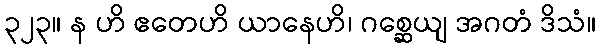
၃၂၃။ န ဟိ ဧတေဟိ ယာနေဟိ၊ ဂစ္ဆေယျ အဂတံ ဒိသံ။